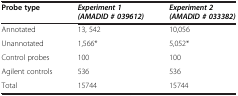
<table><thead><tr><td><b>Probe type</b></td><td><b><i>Experiment 1 (AMADID # 039612)</i></b></td><td><b><i>Experiment 2 (AMADID # 033382)</i></b></td></tr></thead><tbody><tr><td>Annotated</td><td>13, 542</td><td>10,056</td></tr><tr><td>Unannotated</td><td>1,566*</td><td>5,052*</td></tr><tr><td>Control probes</td><td>100</td><td>100</td></tr><tr><td>Agilent controls</td><td>536</td><td>536</td></tr><tr><td>Total</td><td>15744</td><td>15744</td></tr></tbody></table>